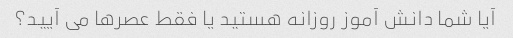
آیا شما دانش آموز روزانه هستید یا فقط عصرها می آیید؟